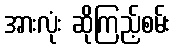
အားလုံး ဆိုကြည့်စမ်း